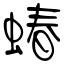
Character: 蝽